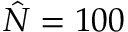
\hat { N } = 1 0 0